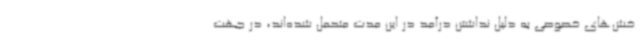
خش‌های خصوصی به دلیل نداشتن درآمد در این مدت متحمل شده‌اند، در جهت